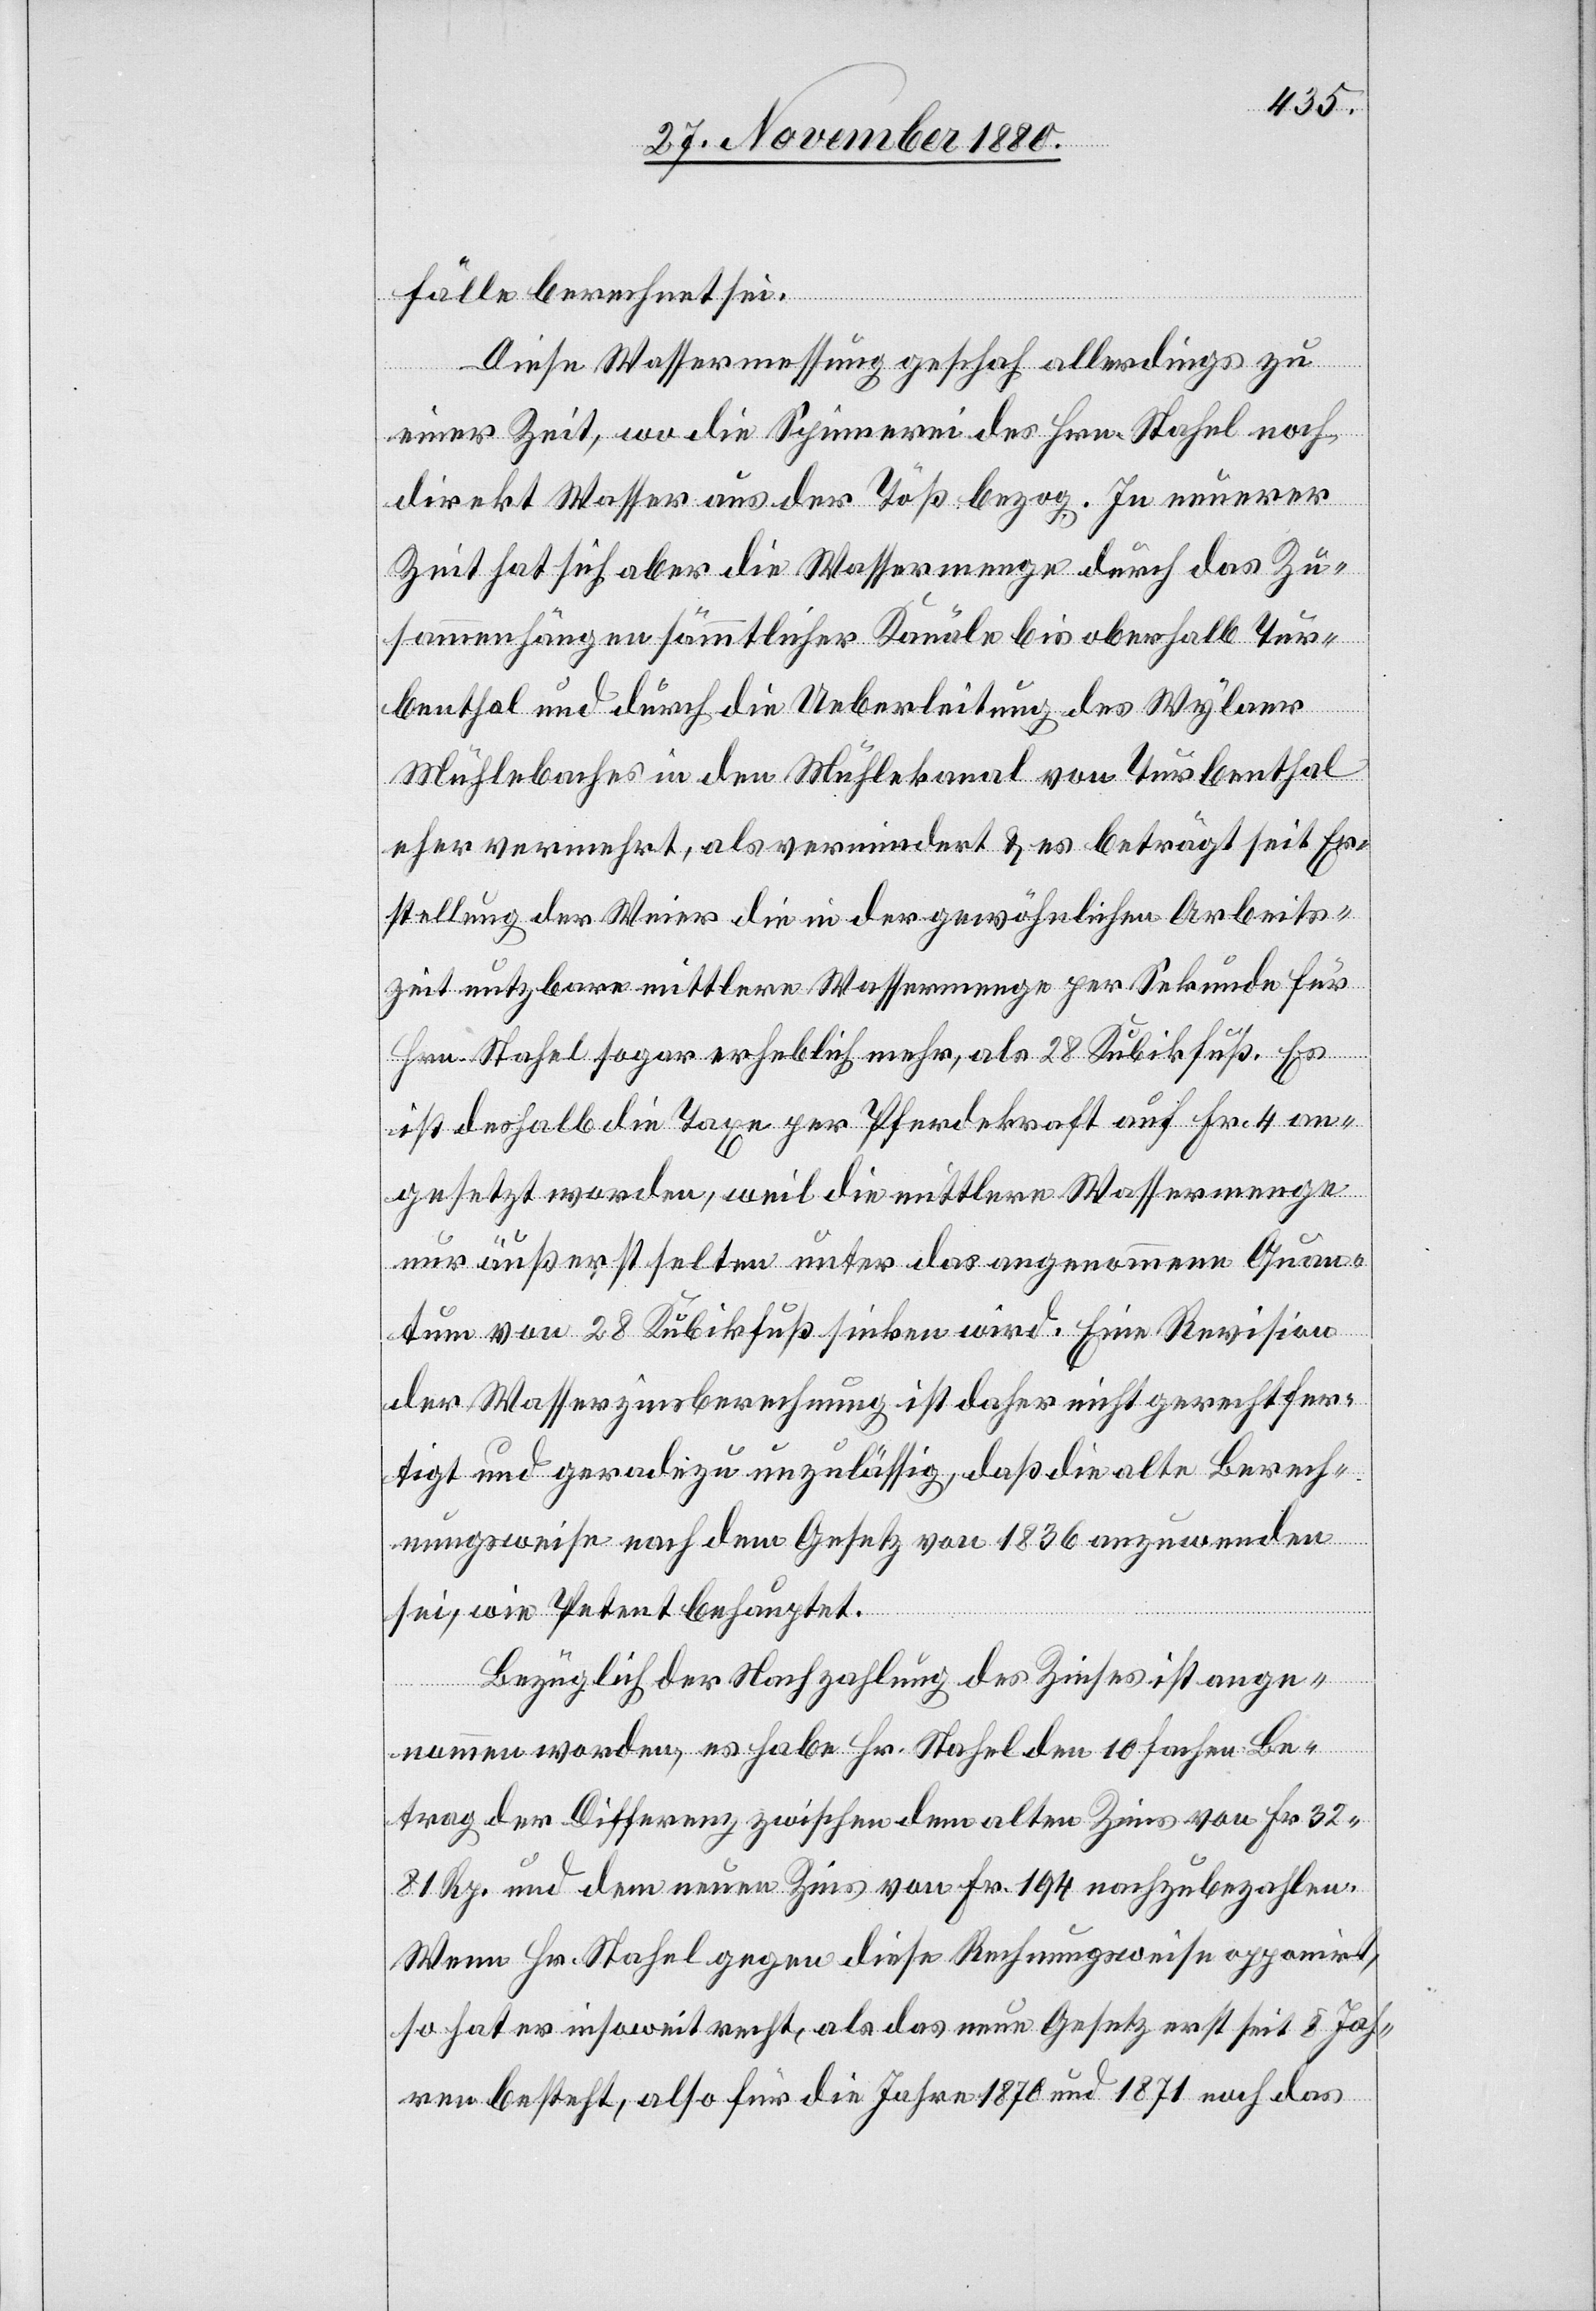
fälle berechnet sei.
Diese Wassermessung geschah allerdings zu
einer Zeit, wo die Spinnerei des Hrn. Stahel noch
direkt Wasser aus der Töß bezog. In neuerer
Zeit hat sich aber die Wassermenge durch das Zu¬
sammenhängen sämmtlicher Kanäle bis oberhalb Tur¬
benthal und durch die Ueberleitung des Wylaer
Mühlenbaches in den Mühlekanal von Turbenthal
eher vermehrt, als vermindert & es beträgt seit Er¬
stellung der Weier die in der gewöhnlichen Arbeits¬
zeit nutzbare mittlere Wassermenge per Sekunde für
Hrn. Stahel sogar erheblich mehr, als 28 Kubikfuß. Es
ist deshalb die Taxe per Pferdekraft auf Fr. 4 an¬
gesetzt worden, weil die mittlere Wassermenge
nur äußerst selten unter das angenommene Quan¬
tum von 28 Kubikfuß sinken wird. Eine Revision
der Wasserzinsberechnung ist daher nicht gerechtfer¬
tigt und geradezu unzulässig, daß die alte Berech¬
nungsweise nach dem Gesetz von 1836 anzuwenden
sei, wie Petent behauptet.
Bezüglich der Nachzahlung des Zinses ist ange¬
nommen worden, es habe Hr. Stahel den 10fachen Be¬
trag der Differenz zwischen dem alten Zins von Fr. 32
81 Rp. und dem neuen Zins von Fr. 194 nachzubezahlen.
Wenn Hr. Stahel gegen diese Rechnungsweise opponirt,
so hat er insoweit recht, als das neue Gesetz erst seit 8 Jah¬
ren besteht, also für die Jahre 1870 und 1871 noch das